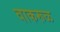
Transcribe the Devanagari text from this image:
वाकरूळ